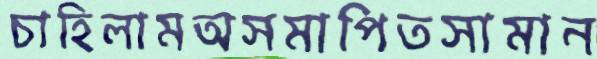
চাহিলামঅসমাপিতসামান